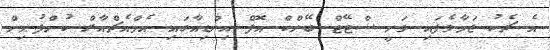
އެ ޗެކު ޖަމާވެފައި ވަނީ ސްޓޭޓް ބޭންކް އޮފް އިންޑިއާގައި އެމްއެޗްއާރް ކުންފުނިން